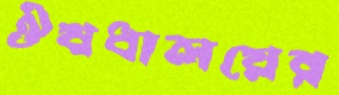
ঔষধালয়ের